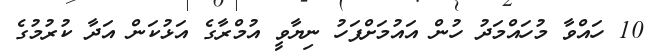
10 ހައްވާ މުހައްމަދު ހުން އައުމަށްފަހު ނިޔާވީ އުމްރާގެ އަޅުކަން އަދާ ކުރުމުގެ